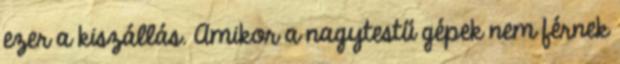
ezer a kiszállás. Amikor a nagytestű gépek nem férnek